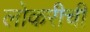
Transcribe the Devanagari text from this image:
लोकरीची